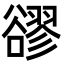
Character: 豂